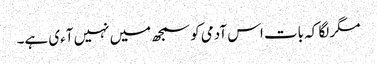
مگر لگا کہ بات اس آدمی کو سمجھ میں نہیں آءی ہے۔